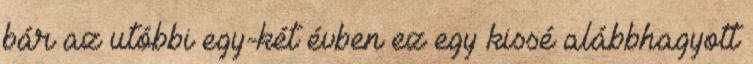
bár az utóbbi egy-két évben ez egy kissé alábbhagyott